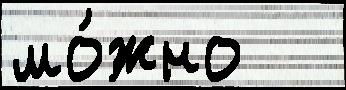
мо́жно